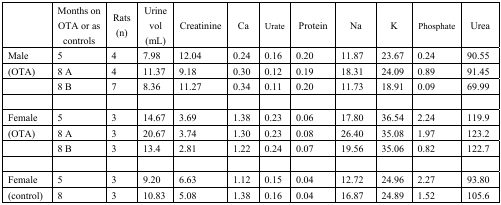
|  | Months on OTA or as controls | Rats (n) | Urine vol (mL) | Creatinine | Ca | Urate | Protein | Na | K | Phosphate | Urea |
 | --- | --- | --- | --- | --- | --- | --- | --- | --- | --- | --- | --- |
 | Male | 5 | 4 | 7.98 | 12.04 | 0.24 | 0.16 | 0.20 | 11.87 | 23.67 | 0.24 | 90.55 |
 | (OTA) | 8 A | 4 | 11.37 | 9.18 | 0.30 | 0.12 | 0.19 | 18.31 | 24.09 | 0.89 | 91.45 |
 |  | 8 B | 7 | 8.36 | 11.27 | 0.34 | 0.11 | 0.20 | 11.73 | 18.91 | 0.09 | 69.99 |
 | Female | 5 | 3 | 14.67 | 3.69 | 1.38 | 0.23 | 0.06 | 17.80 | 36.54 | 2.24 | 119.9 |
 | (OTA) | 8 A | 3 | 20.67 | 3.74 | 1.30 | 0.23 | 0.08 | 26.40 | 35.08 | 1.97 | 123.2 |
 |  | 8 B | 3 | 13.4 | 2.81 | 1.22 | 0.24 | 0.07 | 19.56 | 35.06 | 0.82 | 122.7 |
 | Female | 5 | 3 | 9.20 | 6.63 | 1.12 | 0.15 | 0.04 | 12.72 | 24.96 | 2.27 | 93.80 |
 | (control) | 8 | 3 | 10.83 | 5.08 | 1.38 | 0.16 | 0.04 | 16.87 | 24.89 | 1.52 | 105.6 |